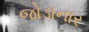
જોડાનાર